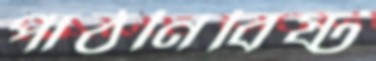
পাঠনিবিষ্ট